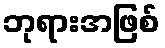
ဘုရားအဖြစ်